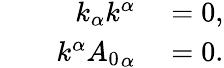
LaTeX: \begin{array}{rl}{k_{\alpha}k^{\alpha}}&{{}=0,}\\ {\qquad k^{\alpha}{A_{0}}_{\alpha}}&{{}=0.}\end{array}